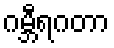
ဂမ္ဘီရဂတာ